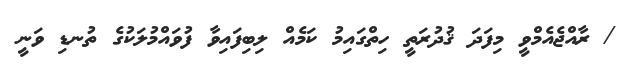
/ ރާއްޖެއެމްވީ މިފަދަ ޤުދުރަތީ ހިތްގައިމު ކަމެއް ލިބިފައިވާ ފުވައްމުލަކުގެ ތުނޑި ވަނީ